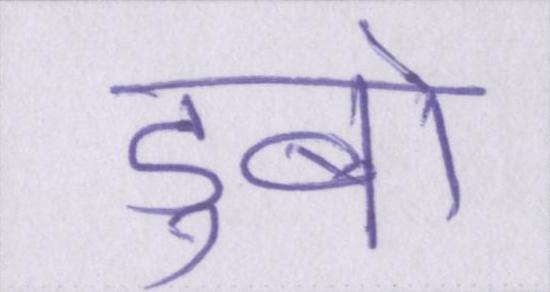
डुबो